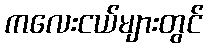
ကလေးငယ်များတွင်